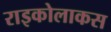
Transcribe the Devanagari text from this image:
राइकोलाकस